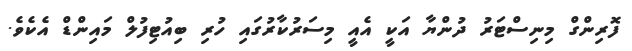
ފޮރިންގް މިނިސްޓަރު ދުންޔާ އަކީ އެއީ މިސަރުކާރުގައި ހުރި ބިއުޓިފުލް މައިންޑް އެކެވެ.